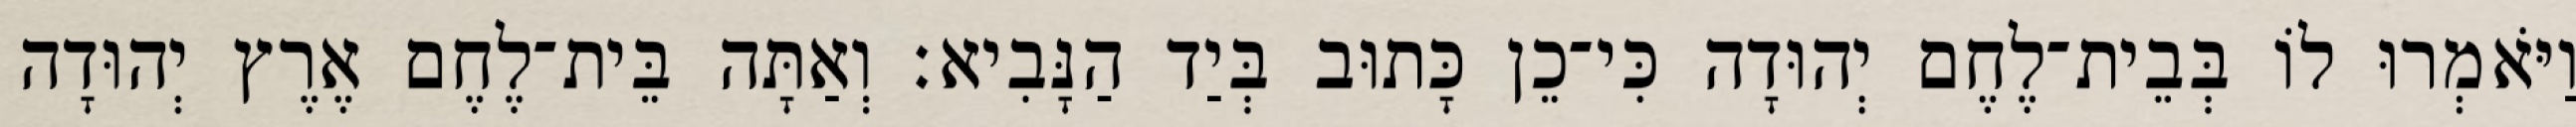
וַיֹּאמְרוּ לוֹ בְּבֵית־לֶחֶם יְהוּדָה כִּי־כֵן כָּתוּב בְּיַד הַנָּבִיא׃ וְאַתָּה בֵּית־לֶחֶם אֶרֶץ יְהוּדָה